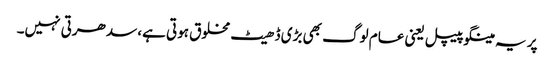
پر یہ مینگو پیپل یعنی عام لوگ بھی بڑی ڈھیٹ مخلوق ہوتی ہے، سدھرتی نہیں۔